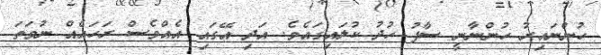
ހުންނައިރު ހުންނާނީ ސާފު ހުދު ކުލައިގައެވެ. އަދި އޭގައި އެއްވެސް ރަހައެއް ނުވަތަ